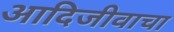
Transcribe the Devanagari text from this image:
आदिजीवाचा